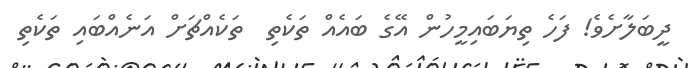
ދީބަލާށެވެ! ފަހެ ތިޔަބައިމީހުން އޭގެ ބައެއް ތަކެތި  ތަކެއްޗަށް އަނެއްބައި ތަކެތި